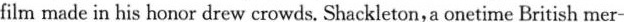
film made in his honor drew crowds. Shackleton, a onetime British me r-